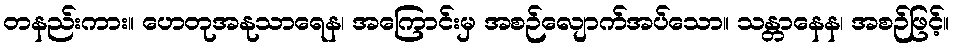
တနည်းကား။ ဟေတုအနုသာရေန၊ အကြောင်းမှ အစဉ်လျောက်အပ်သော။ သန္တာနေန၊ အစဉ်ဖြင့်။